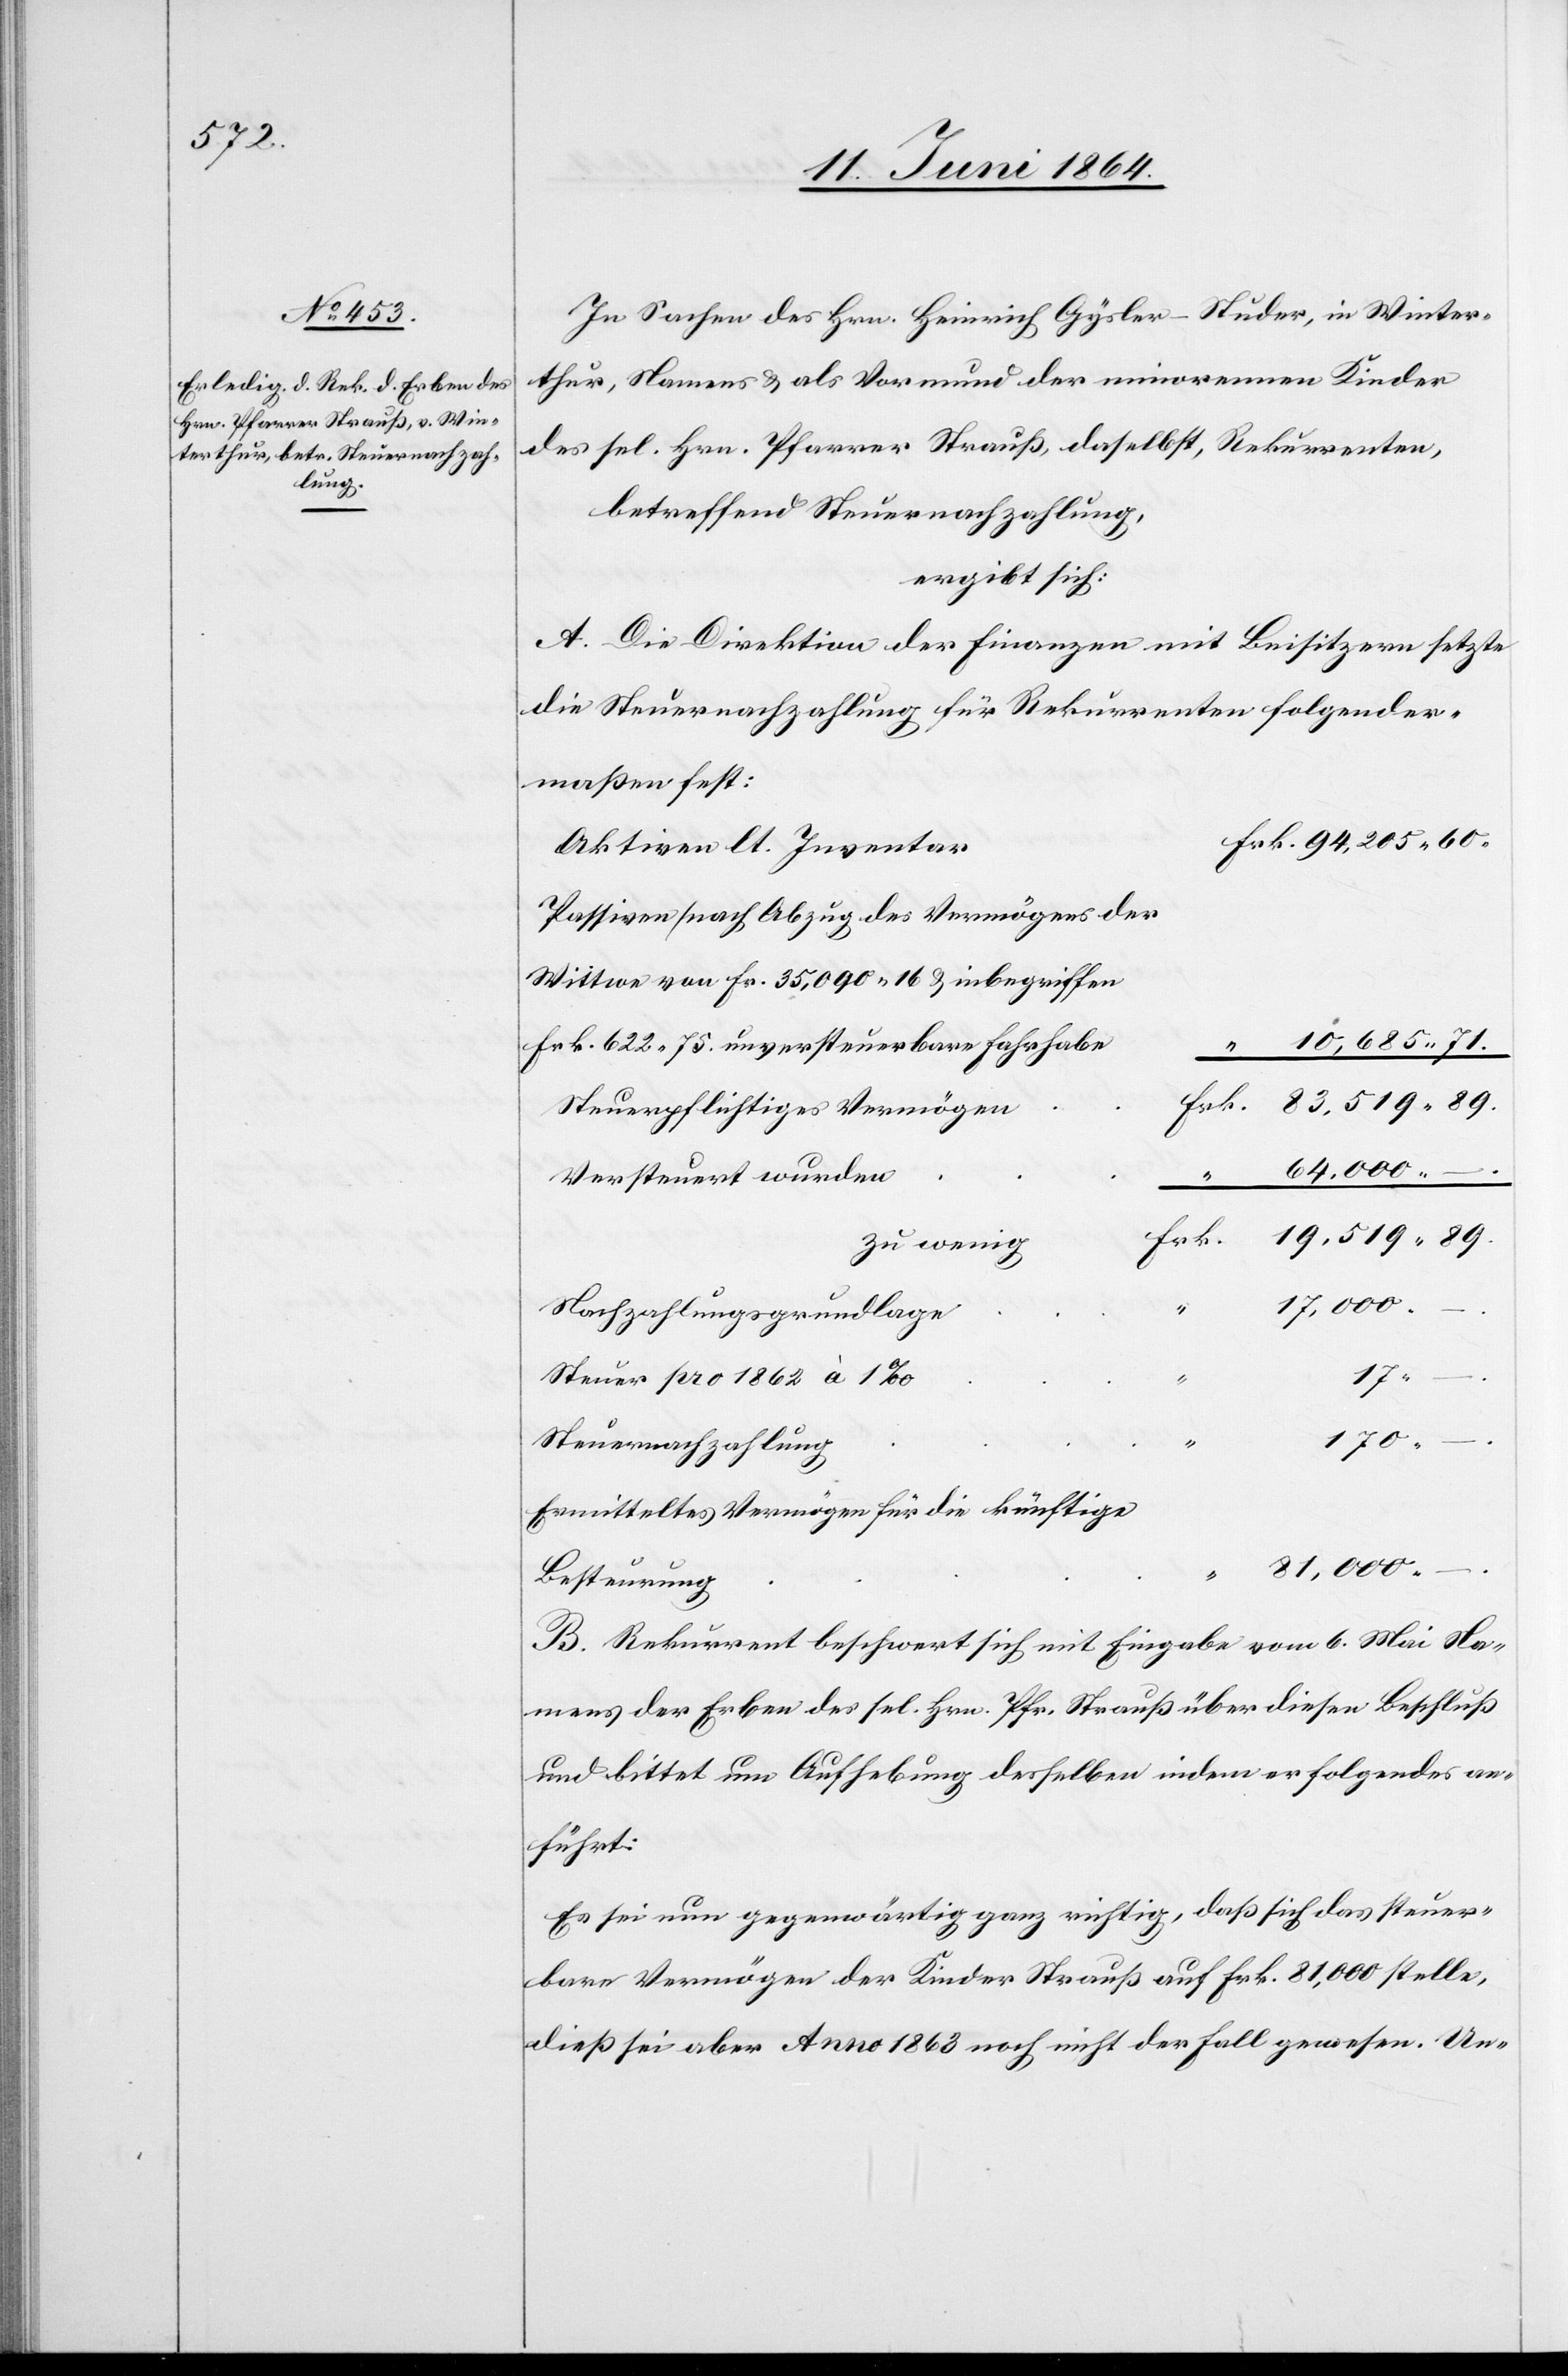
In Sachen des Hrn. Heinrich Gysler-Studer, in Winter¬
thur, Namens u. als Vormund der minorennen Kinder
des sel. Hrn. Pfarrer Strauß, daselbst, Rekurrenten,
betreffend Steuernachzahlung,
ergibt sich:
A. Die Direktion der Finanzen mit Beisitzern setzte
die Steuernachzahlung für Rekurrenten folgender¬
maßen fest:
Aktiven lt. Inventar
Passiven [nach Abzug des Vermögens der
Wittwe von Fr. 35,090 16 u. inbegriffen
Frk. 622 75. unversteuerbare Fahrhabe]
Steuerpflichtiges Vermögen
64,000
–.
Versteuert wurden
zu wenig
89.
Nachzahlungsgrundlage
17
Steuer pro 1862 à 1‰
Ermitteltes Vermögen für die künftige
–.
Besteuerung
B. Rekurrent beschwert sich mit Eingabe vom 6. Mai Na¬
mens der Erben des sel. Hrn. Pfr. Strauß über diesen Beschluß
und bittet um Aufhebung desselben indem er folgendes an¬
führt:
Es sei nun gegenwärtig ganz richtig, daß sich das steuer¬
bare Vermögen der Kinder Strauß auf Frk. 81,000 stelle,
dieß sei aber Anno 1863 noch nicht der Fall gewesen. Un-